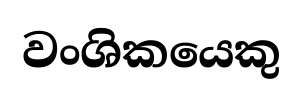
වංශිකයෙකු